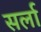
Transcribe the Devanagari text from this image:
सर्ला